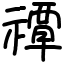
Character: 禫